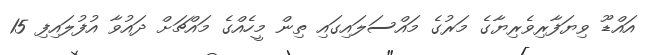
އައްޑޫ ވިޔަފާރިވެރިޔާގެ މަރުގެ މައްސަލައިގައި ތިން މީހެއްގެ މައްޗަށް ދައުވާ އުފުލައިފި 15